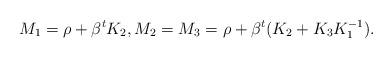
LaTeX: \begin{gather*} M_1 = \rho + \beta^t K_2, M_2 = M_3 = \rho + \beta^t (K_2 + K_3 K_1^{-1}).\end{gather*}